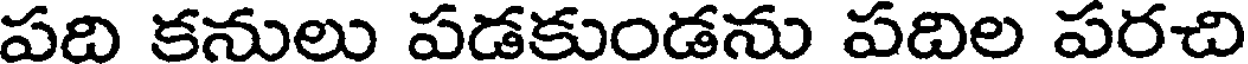
పది కనులు పడకుండను పదిల పరచి